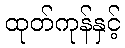
ထုတ်ကုန်နှင့်